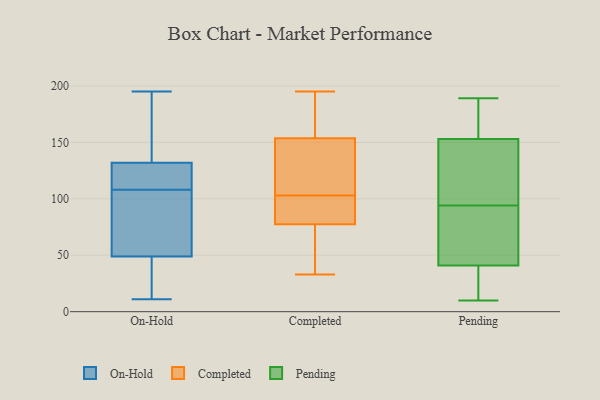
{"axis": {"x": "Website Visitors", "y": "Value"}, "legend": ["Completed", "On-Hold", "Pending"], "data": [{"x": "", "y": 112, "type": "On-Hold"}, {"x": "", "y": 132, "type": "On-Hold"}, {"x": "", "y": 45, "type": "On-Hold"}, {"x": "", "y": 195, "type": "On-Hold"}, {"x": "", "y": 169, "type": "On-Hold"}, {"x": "", "y": 104, "type": "On-Hold"}, {"x": "", "y": 78, "type": "On-Hold"}, {"x": "", "y": 11, "type": "On-Hold"}, {"x": "", "y": 119, "type": "On-Hold"}, {"x": "", "y": 114, "type": "On-Hold"}, {"x": "", "y": 82, "type": "On-Hold"}, {"x": "", "y": 45, "type": "On-Hold"}, {"x": "", "y": 57, "type": "On-Hold"}, {"x": "", "y": 28, "type": "On-Hold"}, {"x": "", "y": 49, "type": "On-Hold"}, {"x": "", "y": 132, "type": "On-Hold"}, {"x": "", "y": 129, "type": "On-Hold"}, {"x": "", "y": 157, "type": "On-Hold"}, {"x": "", "y": 48, "type": "Completed"}, {"x": "", "y": 195, "type": "Completed"}, {"x": "", "y": 99, "type": "Completed"}, {"x": "", "y": 169, "type": "Completed"}, {"x": "", "y": 65, "type": "Completed"}, {"x": "", "y": 67, "type": "Completed"}, {"x": "", "y": 117, "type": "Completed"}, {"x": "", "y": 131, "type": "Completed"}, {"x": "", "y": 81, "type": "Completed"}, {"x": "", "y": 162, "type": "Completed"}, {"x": "", "y": 103, "type": "Completed"}, {"x": "", "y": 84, "type": "Completed"}, {"x": "", "y": 33, "type": "Completed"}, {"x": "", "y": 177, "type": "Completed"}, {"x": "", "y": 151, "type": "Completed"}, {"x": "", "y": 98, "type": "Completed"}, {"x": "", "y": 122, "type": "Completed"}, {"x": "", "y": 139, "type": "Pending"}, {"x": "", "y": 159, "type": "Pending"}, {"x": "", "y": 41, "type": "Pending"}, {"x": "", "y": 130, "type": "Pending"}, {"x": "", "y": 23, "type": "Pending"}, {"x": "", "y": 117, "type": "Pending"}, {"x": "", "y": 33, "type": "Pending"}, {"x": "", "y": 52, "type": "Pending"}, {"x": "", "y": 175, "type": "Pending"}, {"x": "", "y": 41, "type": "Pending"}, {"x": "", "y": 71, "type": "Pending"}, {"x": "", "y": 180, "type": "Pending"}, {"x": "", "y": 183, "type": "Pending"}, {"x": "", "y": 10, "type": "Pending"}, {"x": "", "y": 189, "type": "Pending"}, {"x": "", "y": 139, "type": "Pending"}, {"x": "", "y": 50, "type": "Pending"}, {"x": "", "y": 147, "type": "Pending"}, {"x": "", "y": 69, "type": "Pending"}, {"x": "", "y": 38, "type": "Pending"}]}